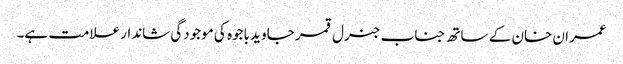
عمران خان کے ساتھ جناب جنرل قمر جاوید باجوہ کی موجودگی شاندار علامت ہے۔